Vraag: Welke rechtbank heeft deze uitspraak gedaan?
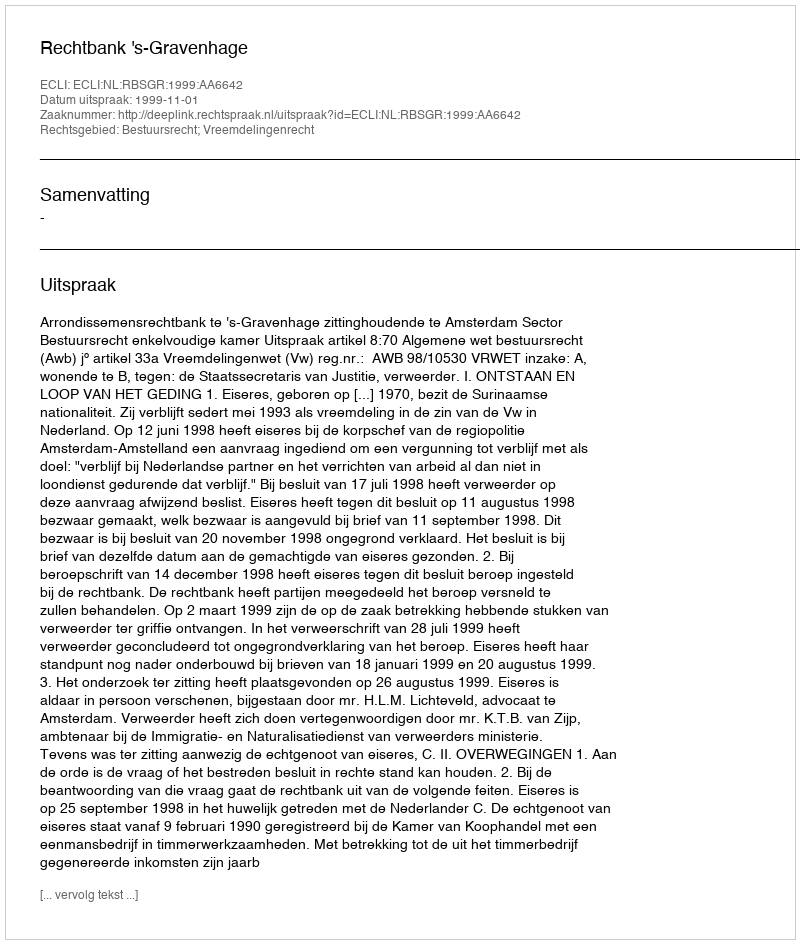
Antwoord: Rechtbank 's-Gravenhage